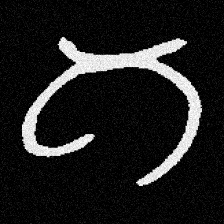
Pyu character \u2014 Myanmar letter: ဂ (romanized: ga)